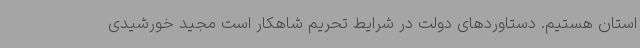
استان هستیم. دستاوردهای دولت در شرایط تحریم شاهکار است مجید خورشیدی